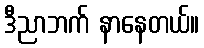
ဒီညာဘက် နာနေတယ်။